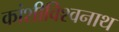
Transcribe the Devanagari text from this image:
कांशीविश्वनाथ